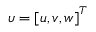
\boldsymbol { \upsilon } = \left[ u , v , w \right] ^ { T }